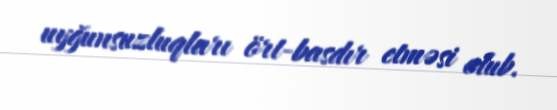
uyğunsuzluqları ört-basdır etməsi olub.